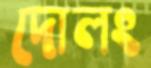
দোলং